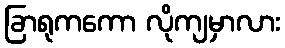
ခြာရုကကော လိုကျမှာလား